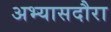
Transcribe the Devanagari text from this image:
अभ्यासदौरा